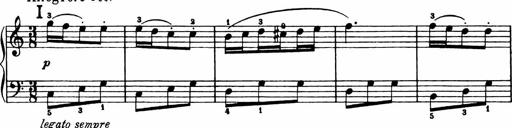
Title: Analytical Sonatinas
Composer: Frank Lynes